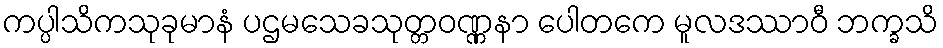
ကပ္ပါသိကသုခုမာနံ ပဌမသေခသုတ္တဝဏ္ဏနာ ပေါတကေ မူလဒဿာဝီ ဘက္ခသိ